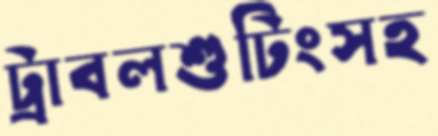
ট্রাবলশুটিংসহ